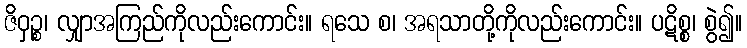
ဇိဝှဉ္စ၊ လျှာအကြည်ကိုလည်းကောင်း။ ရသေ စ၊ အရသာတို့ကိုလည်းကောင်း။ ပဋိစ္စ၊ စွဲ၍။